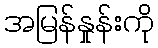
အမြန်နှုန်းကို